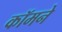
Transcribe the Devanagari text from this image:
कॉमने